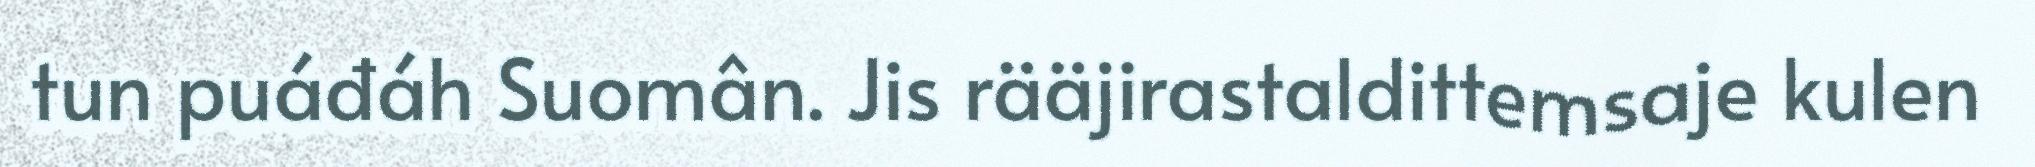
tun puáđáh Suomân. Jis rääjirastaldittemsaje kulen